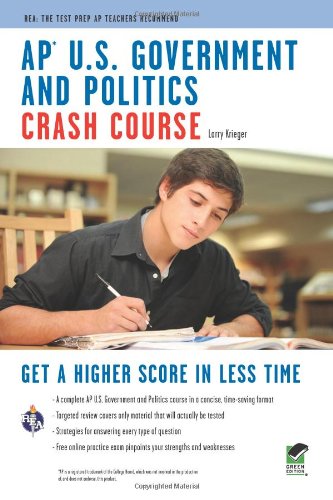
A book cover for APÂ® U.S. Government & Politics Crash Course Book + Online (Advanced Placement (AP) Crash Course); Larry S. Krieger; Test Preparation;